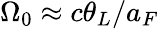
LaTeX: \Omega_{0}\approx c\theta_{L}/a_{F}